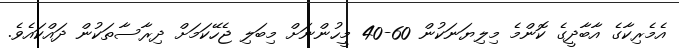
އެމެރިކާގެ އާބާދީގެ ކޮންމެ މިލިޔަނަކުން 60-40 މީހުންނަށް މިބަލި ޖެހޭކަމަށް ދިރާސާތަކުން ދައްކައެވެ.